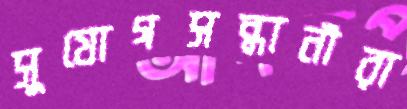
সুযোগসন্ধানীরা